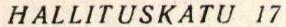
HALLITUSKATU 17